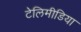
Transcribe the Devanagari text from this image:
टेलिमीडिया